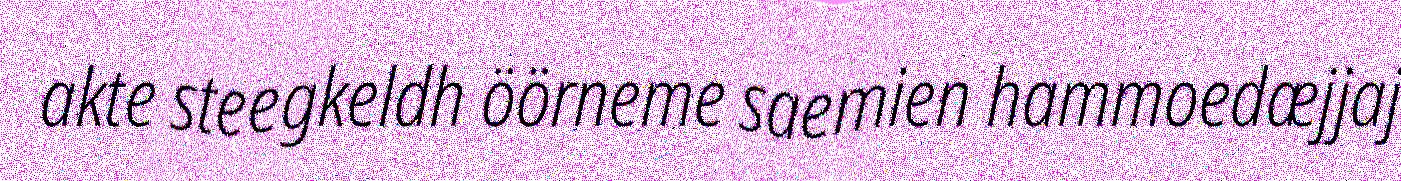
akte steegkeldh öörneme saemien hammoedæjjaj